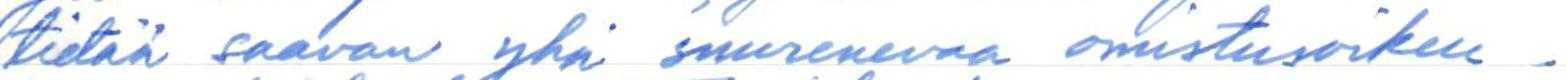
tietää saavan yhä suurenevaa omistusoikeu-